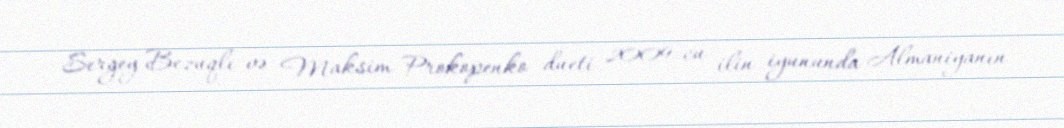
Sergey Bezuqlı və Maksim Prokopenko dueti 2009-cu ilin iyununda Almaniyanın